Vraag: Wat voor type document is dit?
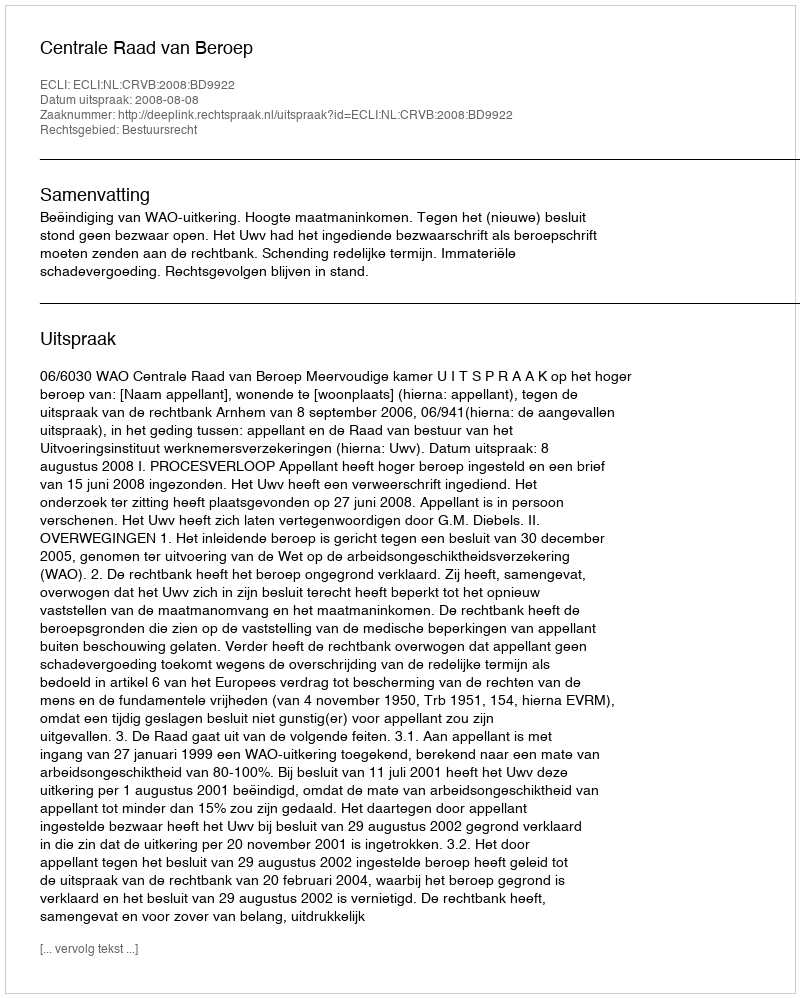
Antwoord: Uitspraak